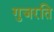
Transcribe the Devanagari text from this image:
गुजरति